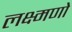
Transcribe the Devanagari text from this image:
लक्ष्मणो